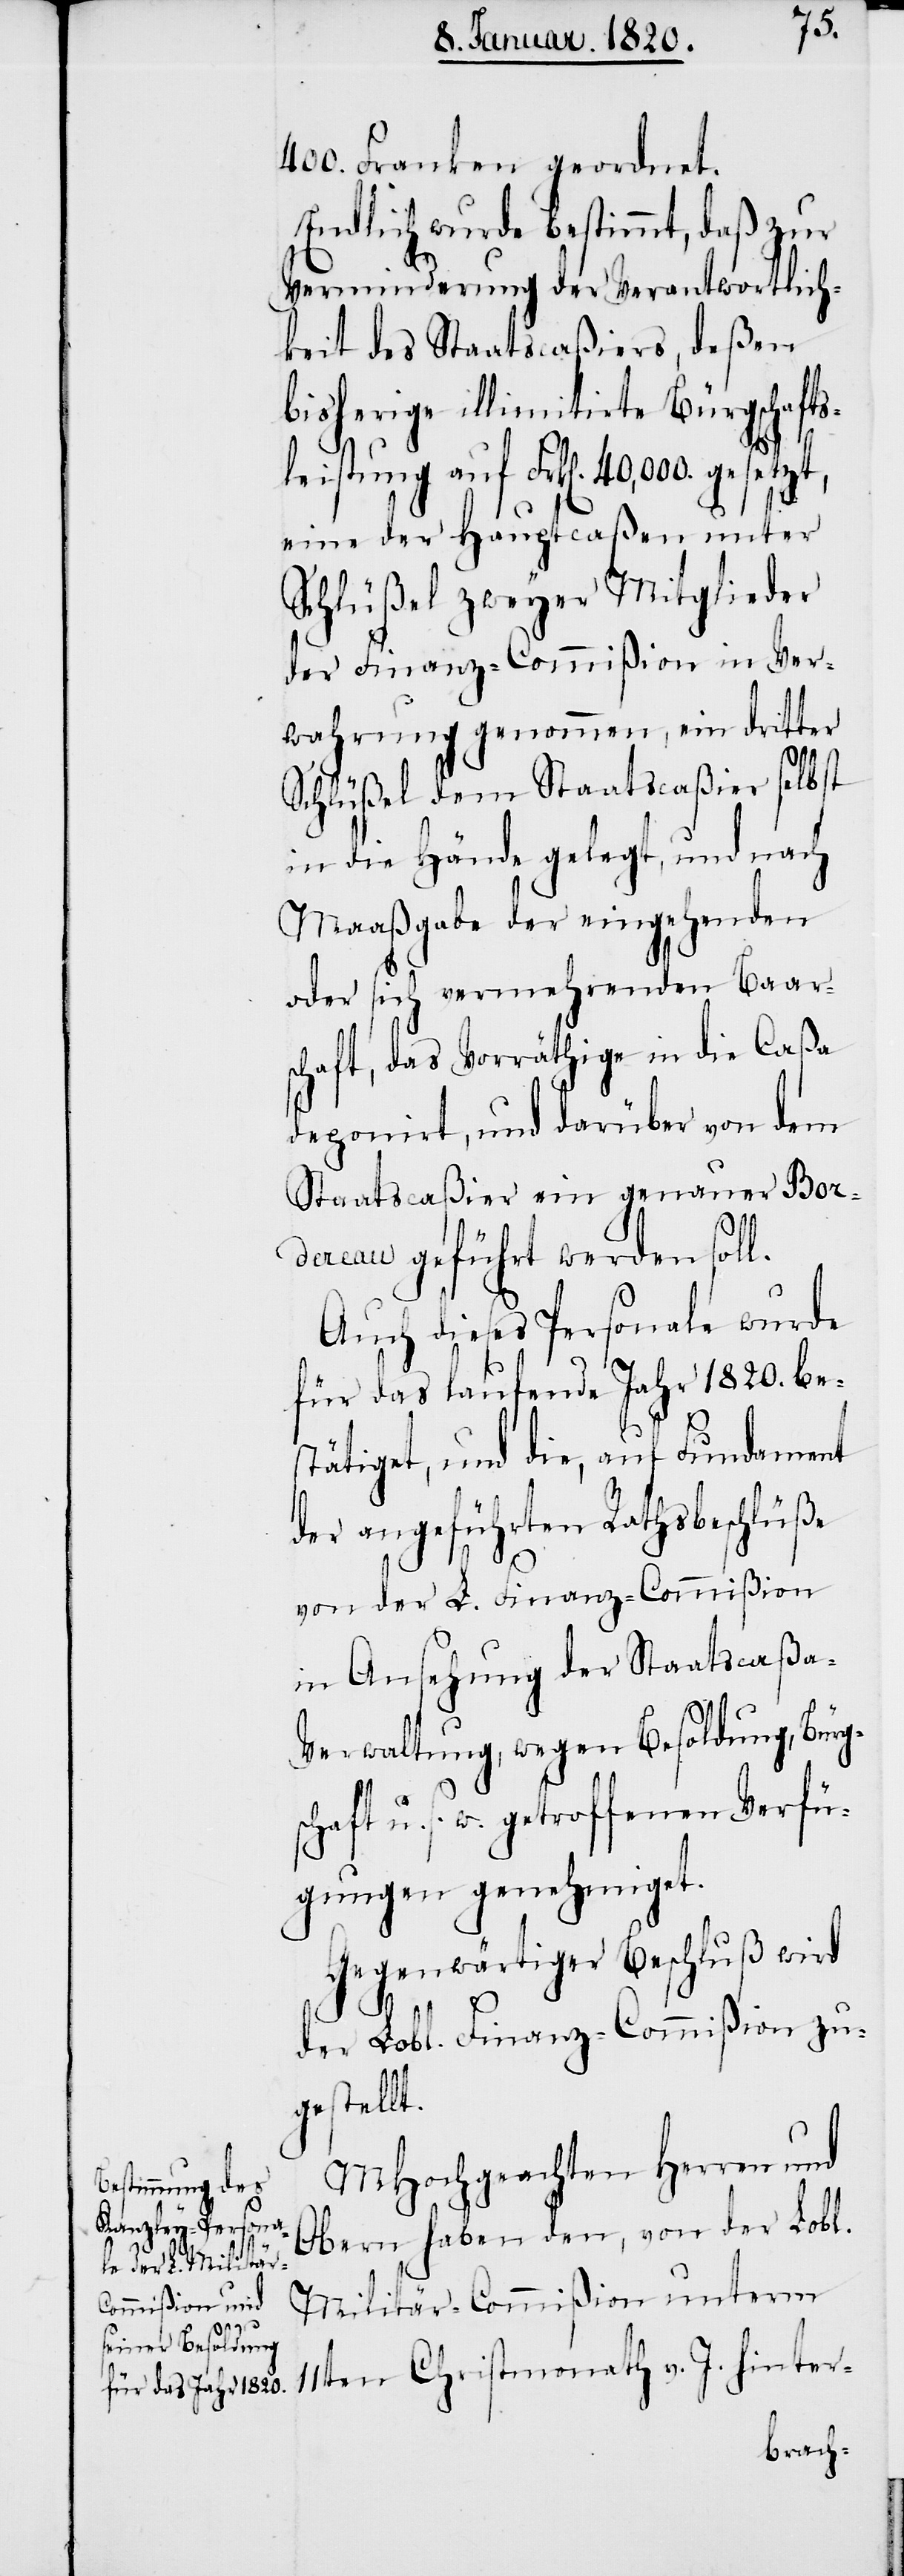
400. Franken geordnet.
Endlich wurde bestimmt, daß zur
Verminderung der Verantwortlich¬
keit des Staatscaßiers, deßen
bisherige illimitirte Bürgschafts¬
leistung auf Frk[en]. 40,000.
eine der Hauptcaßen unter
Schlüßel zweyer Mitglieder
der Finanz-Commißion in Ver¬
wahrung genommen, ein dritter
Schlüßel dem Staatscaßier selbst
in die Hände gelegt, und nach
Maaßgabe der eingehenden
oder sich vermehrenden Baar¬
schaft, das Vorräthige in die Caßa
deponirt, und darüber von dem
Staatscaßier ein genauer Bor¬
dereau geführt werden soll.
Auch dieses Personale wurde
für das laufende Jahr 1820. be¬
stätiget, und die, auf Fundament
der angeführten Rathsbeschlüße
von der L. Finanz-Commißion
in Ansehung der Staatscaßa-V¬
erwaltung, wegen Besoldung, Bürg¬
schaft u. s. w. getroffenen Verfü¬
gungen genehmiget.
Gegenwärtiger Beschluß wird
der Lobl. Finanz-Commißion zu¬
gestellt.
MHochgeachten Herren und
Obern haben den, von der Lobl.
Militär-Commißion unterm
11ten Christmonath v. J. hinter-